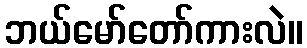
ဘယ်မော်တော်ကားလဲ။